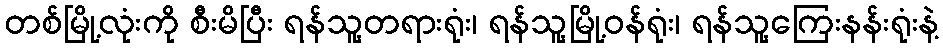
တစ်မြို့လုံးကို စီးမိပြီး ရန်သူ့တရားရုံး၊ ရန်သူ့မြို့ဝန်ရုံး၊ ရန်သူ့ကြေးနန်းရုံးနဲ့